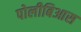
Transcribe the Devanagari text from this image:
पोलीबिआस